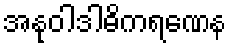
အနုဝါဒါဓိကရဏေန